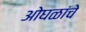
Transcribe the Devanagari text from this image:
ओघळांचे